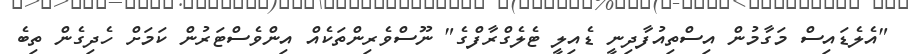
"އެލެޑައިސް މަގާމުން އިސްތިއުފާދިނީ ޑެއިލީ ޓެލެގްރާފްގެ" ނޫސްވެރިންތަކެއް އިންވެސްޓަރުން ކަމަށް ހެދިގެން ތިބެ